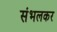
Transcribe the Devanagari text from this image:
संभलकर